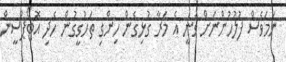
ނަމަވެސް ފުލުހުންނަށް ވަނީ އެ މަރާ ގުޅިގެން ހިންގި ތަހުގީގުން ހެދި އޮޓޯޕްސީން